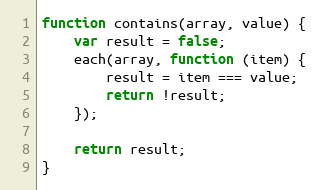
Language: JavaScript
function contains(array, value) {
    var result = false;
    each(array, function (item) {
        result = item === value;
        return !result;
    });

    return result;
}